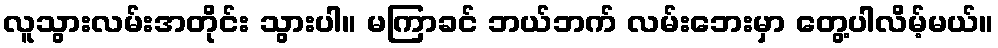
လူသွားလမ်းအတိုင်း သွားပါ။ မကြာခင် ဘယ်ဘက် လမ်းဘေးမှာ တွေ့ပါလိမ့်မယ်။